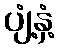
ပျံ့နှံ့